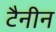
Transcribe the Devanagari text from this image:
टैनीन